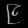
Digit: ၉